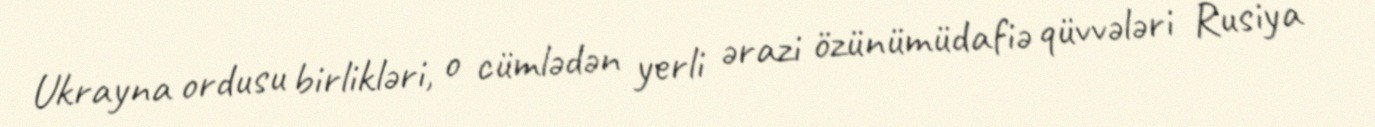
Ukrayna ordusu birlikləri, o cümlədən yerli ərazi özünümüdafiə qüvvələri Rusiya